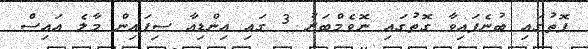
ފޮތުގައި ބުނެފައިވާ ގޮތުގައި ނޮވެމްބަރު 3 ގައި އިންޑިއާ ސިފައިން މާލެ އައިސް